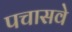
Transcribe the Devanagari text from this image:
पचासवे